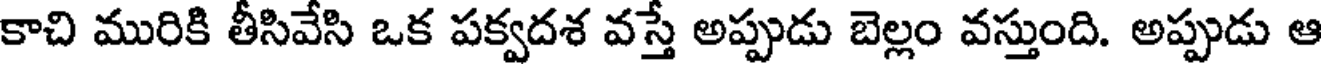
కాచి మురికి తీసివేసి ఒక పక్వదశ వస్తే అప్పుడు బెల్లం వస్తుంది. అప్పుడు ఆ